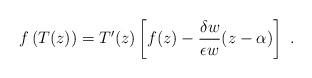
LaTeX: \begin{align*}f\left( T(z)\right) =T'(z) \left[ f(z) -\frac{\delta w}{\epsilon w}(z-\alpha )\right] \ .\end{align*}